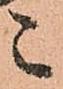
ニ